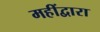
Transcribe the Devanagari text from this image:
महींद्वारा